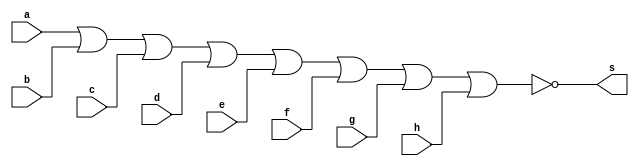
//--------------------------------
// EXTRA 1
//--------------------------------

module norG8(output s, input a, input b, input c, input d, input e, input f, input g, input h);
assign s = ~(a|b|c|d|e|f|g|h);

endmodule

module testnorG8;
reg [7:0]count;
reg a, b, c, d, e, f, g, h;
wire s;

norG8 NOR1(s, a, b, c, d,	e ,f ,g, h);

initial begin:start
count=0;
a=0;b=0;c=0;
d=0;e=0;f=0;
g=0;h=0;

end

initial begin

$display("~(a | b | c | d | e | f | g | h = s)");
$monitor("(%b | %b | %b | %b | %b | %b | %b | %b |= %b)", a, b, c, d, e, f, g, h, s);

count = 0; 

	repeat (255) begin
				count <= count + 1;
				#1 a<=count[7];b<=count[6];c<=count[5];d<=count[4];e<=count[3];f<=count[2];g<=count[1];h<=count[0];
				
	end

end

endmodule